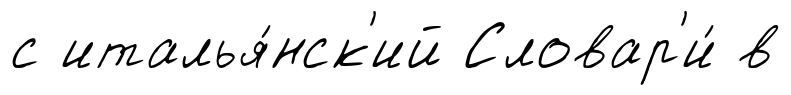
с италья́нск'ий Словар'и́ в